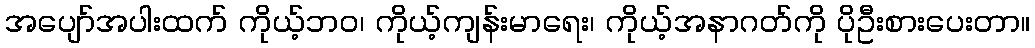
အပျော်အပါးထက် ကိုယ့်ဘဝ၊ ကိုယ့်ကျန်းမာရေး၊ ကိုယ့်အနာဂတ်ကို ပိုဦးစားပေးတာ။